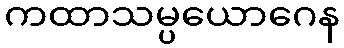
ကထာသမ္ပယောဂေန